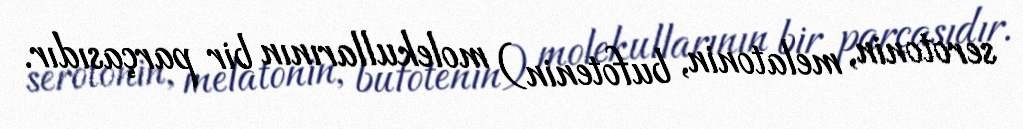
serotonin, melatonin, bufotenin) molekullarının bir parçasıdır.